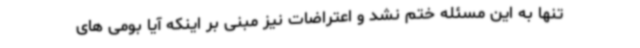
تنها به این مسئله ختم نشد و اعتراضات نیز مبنی بر اینکه آیا بومی های